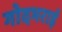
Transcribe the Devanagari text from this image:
गोदभराई